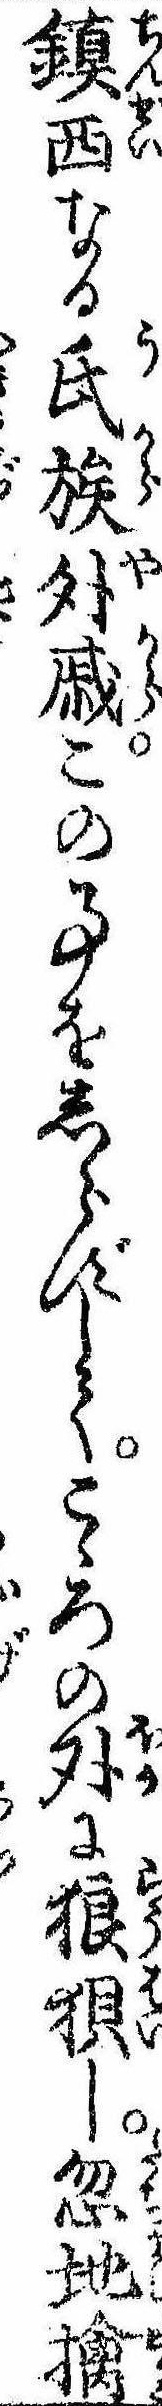
鎮西なる氏族外戚この事をしらずしてこゝろの外に狼狽し忽地擒